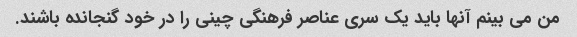
من می بینم آنها باید یک سری عناصر فرهنگی چینی را در خود گنجانده باشند.